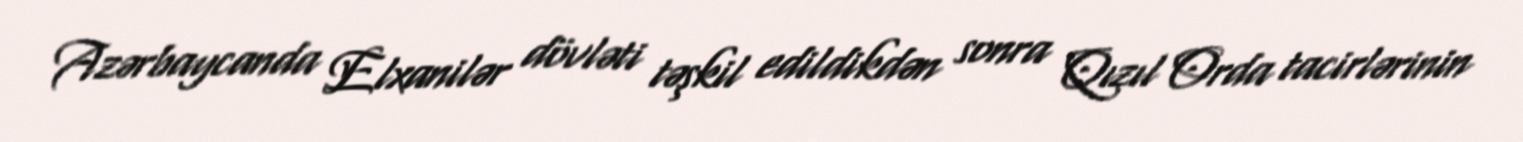
Azərbaycanda Elxanilər dövləti təşkil edildikdən sonra Qızıl Orda tacirlərinin